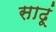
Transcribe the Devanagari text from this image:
साढूं